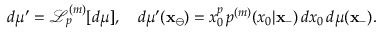
d \mu ^ { \prime } = \mathcal { L } _ { p } ^ { ( m ) } [ d \mu ] , \quad d \mu ^ { \prime } ( \mathbf { x } _ { \ominus } ) = x _ { 0 } ^ { p } \, p ^ { ( m ) } ( x _ { 0 } | \mathbf { x } _ { - } ) \, d x _ { 0 } \, d \mu ( \mathbf { x } _ { - } ) .